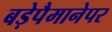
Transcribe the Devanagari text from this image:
बड़ेपैमानेपर